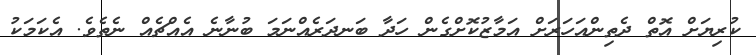
ކުރިޔަށް އޮތް ދެތިންއަހަރަށް އަމާޒުކޮށްގެން ހަދާ ބަނދަރެއްނަމަ ބުނާނެ އެއްޗެއް ނެތެވެ. އެކަމަކު